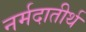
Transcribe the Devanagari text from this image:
नर्मदातीर्थ